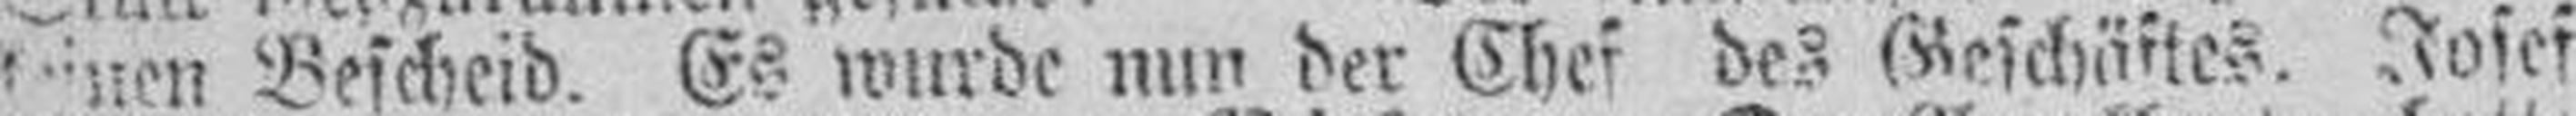
keinen Bescheid. Es wurde nun der Chef des Geschärtes. Josef